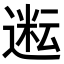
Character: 𬨿